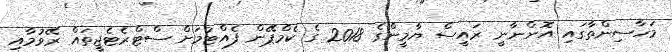
މަހާސިންތާގައި އޮންނާނީ ރައީސް ޔާމީންގެ 2018 ގެ ކެމްޕޭން ފެއްޓުމަށް ސްޓްރެޓެޖީތައް ރޭވުމާއި